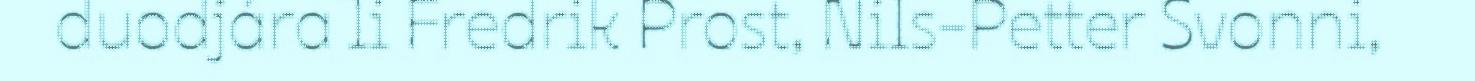
duodjára li Fredrik Prost, Nils-Petter Svonni,